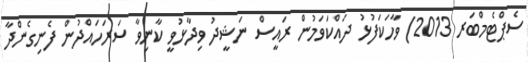
ސެޕްޓެމްބަރ 2013) ވާހަކަފުޅު ދައްކަވަމުން ރައީސް ނަޝީދު ވިދާޅުވީ ކާނިވާ ސަރަހައްދުން ފެނިގެންދާ